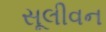
સૂલીવન